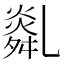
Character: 𦧿